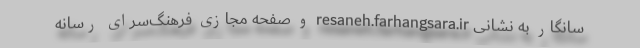
سانگار به نشانی resaneh.farhangsara.ir و صفحه مجازی فرهنگ‌سرای رسانه